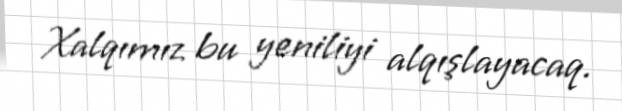
Xalqımız bu yeniliyi alqışlayacaq.